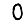
Digit: 0